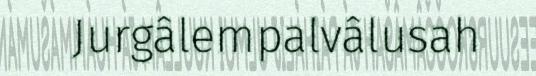
Jurgâlempalvâlusah